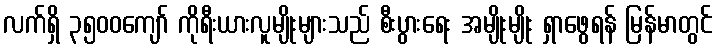
လက်ရှိ ၃၅၀၀ကျော် ကိုရီးယားလူမျိုးများသည် စီးပွားရေး အမျိုးမျိုး ရှာဖွေရန် မြန်မာတွင်